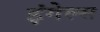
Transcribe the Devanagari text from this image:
इंगेल्स